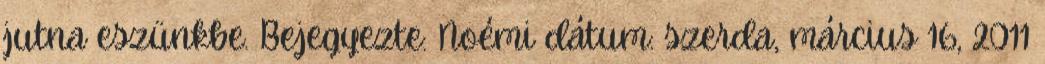
jutna eszünkbe. Bejegyezte: Noémi dátum: szerda, március 16, 2011